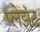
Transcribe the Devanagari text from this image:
प्लेझंट